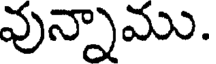
వున్నాము.